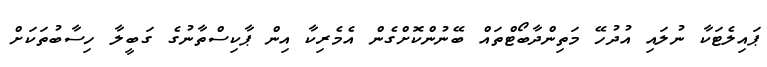
ޕައިލެޓަކާ ނުލައި އުދުހޭ މަތިންދާބޯޓްތައް ބޭނުންކޮށްގެން އެމެރިކާ އިން ޕާކިސްތާނުގެ ގަބީލާ ހިސާބުތަކަށް